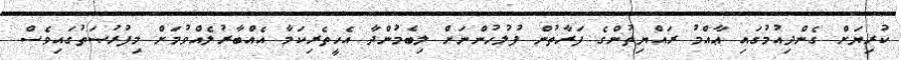
ކުރިޔަށް ގެންދިއުމުގައިި ޢާއްމު ރައްޔިތުންގެ ފަރާތުން ފުލުހުންނަށް ލިބެމުންދާ އެހީތެރިކަމާ އެއްބާރުލެއްވުމަށް މިފުރުޞަތުގައިވެސް